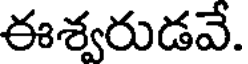
ఈశ్వరుడవే.